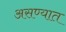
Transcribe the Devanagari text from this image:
असण्यात